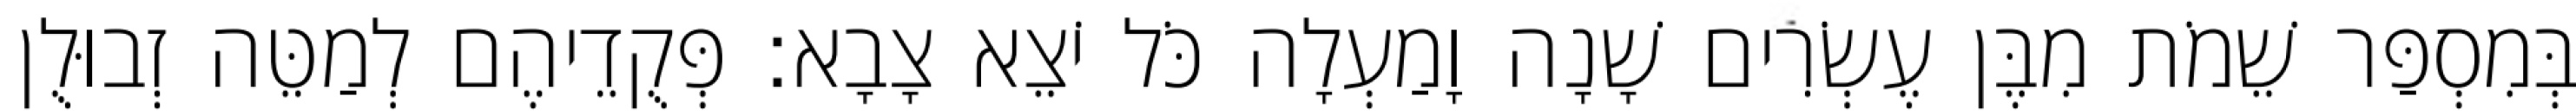
בְּמִסְפַּר שֵׁמֹת מִבֶּן עֶשְׂרִים שָׁנָה וָמַעְלָה כֹּל יֹצֵא צָבָא׃ פְּקֻדֵיהֶם לְמַטֵּה זְבוּלֻן